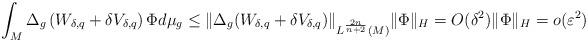
LaTeX: \begin{align*}\int_{M}\Delta_{g}\left(W_{\delta,q}+\delta V_{\delta,q}\right)\Phi d\mu_{g}\le\|\Delta_{g}(W_{\delta,q}+\delta V_{\delta,q})\|_{L^{\frac{2n}{n+2}}(M)}\|\Phi\|_{H}=O(\delta^{2})\|\Phi\|_{H}=o(\varepsilon^{2})\end{align*}